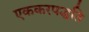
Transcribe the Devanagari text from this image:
एककरपद्धति